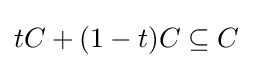
tC+(1-t)C\subseteq C